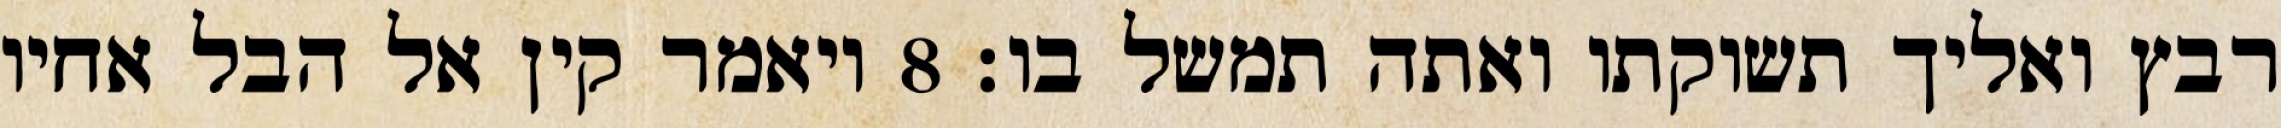
רבץ ואליך תשוקתו ואתה תמשל בו׃ ‎8‏ ויאמר קין אל הבל אחיו